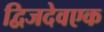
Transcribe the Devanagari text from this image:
द्विजदेवएक